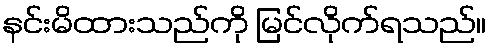
နင်းမိထားသည်ကို မြင်လိုက်ရသည်။